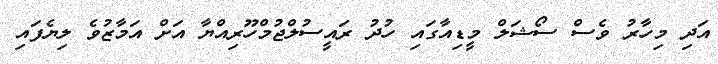
އަދި މިހާރު ވެސް ސޯޝަލް މީޑިއާގައި ހުދު ރައީސުލްޖުމްހޫރިއްޔާ އަށް އަމާޒުވެ ލިޔެފައި